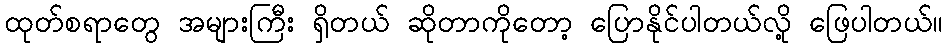
ထုတ်စရာတွေ အများကြီး ရှိတယ် ဆိုတာကိုတော့ ပြောနိုင်ပါတယ်လို့ ဖြေပါတယ်။